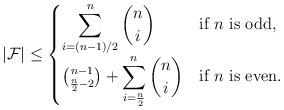
LaTeX: \begin{align*} |\mathcal{F}|\leq \begin{cases} \displaystyle\sum_{i=(n-1)/2}^n {n \choose i} & \mbox{if } n\mbox{ is odd,} \\ {n-1 \choose \frac{n}{2}-2}+\displaystyle\sum_{i=\frac{n}{2}}^n {n \choose i} & \mbox{if } n\mbox{ is even.} \end{cases} \end{align*}